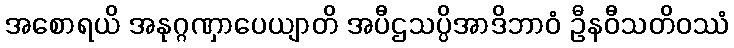
အစောရယိ အနုဂ္ဂဏှာပေယျာတိ အပီဌသပ္ပိအာဒိဘာဝံ ဦနဝီသတိဝဿံ